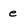
Character: e